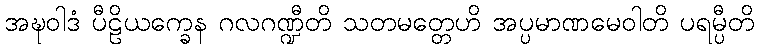
အဍ္ဎဝါဒံ ပီဠိယက္ခေန ဂလဂဏ္ဍီတိ သတမတ္တေဟိ အပ္ပမာဏမေဝါတိ ပရမ္ပီတိ